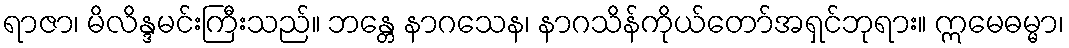
ရာဇာ၊ မိလိန္ဒမင်းကြီးသည်။ ဘန္တေ နာဂသေန၊ နာဂသိန်ကိုယ်တော်အရှင်ဘုရား။ ဣမေဓမ္မာ၊